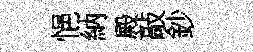
悒納殿敲鈔